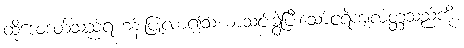
ထိုဒေဝဒတ်သည်ရဟန်းပြုလာ၍သံဃာသင်းခွဲပြီးသော်ငရဲကျလတ္တံ့သည်ကို။